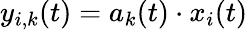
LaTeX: y_{i,k}(t)=a_{k}(t)\cdot x_{i}(t)